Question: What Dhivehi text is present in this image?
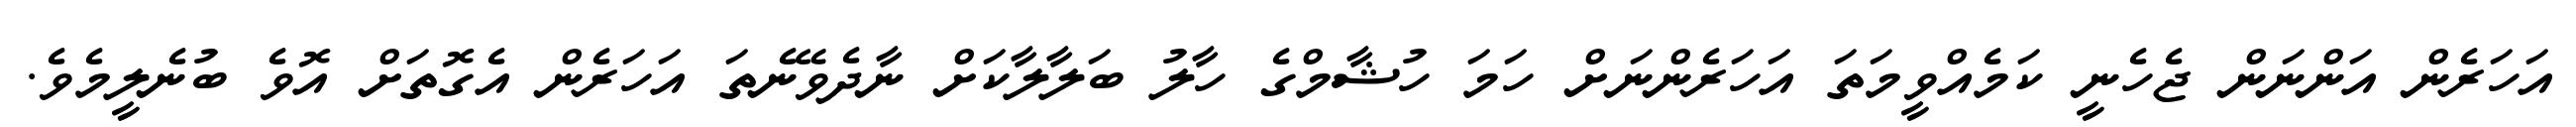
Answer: އަހަރެން އަންނަން ޖެހެނީ ކަމެއްވީމަތަ އަހަރެންނަށް ހަމަ ހުޝާމްގެ ހާލު ބަލާލާކަށް ނާދެވޭނެތަ އަހަރެން އެގޮތަށް އޮވެ ބުނެލީމެވެ.